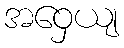
အဝှေယျ